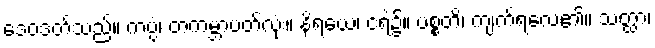
ဒေဝဒတ်သည်။ ကပ္ပံ၊ တကမ္ဘာပတ်လုံး။ နိရယေ၊ ငရဲ၌။ ပစ္စတိ၊ ကျက်ရလေ၏။ သတ္ထာ၊